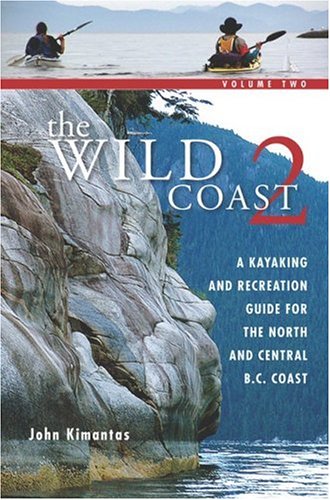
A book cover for The Wild Coast: Volume 2: A Kayaking, Hiking and Recreational Guide for the North and Central B.C. Coast (The Wild Coast); John Kimantas; Sports & Outdoors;